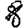
Digit: 8